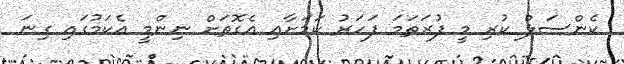
ކެންސަލް ކުރި މީ ފުރަތަމަ ފަހަރު ކަމަށާއި އެގޮތަށް ނިންމީ އެކަމުގައި ގިނަ